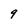
Character: 9